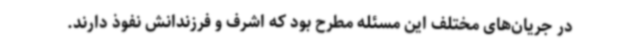
در جریان‌های مختلف این مسئله مطرح بود که اشرف و فرزندانش نفوذ دارند.